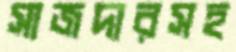
সাজদারসহ